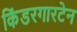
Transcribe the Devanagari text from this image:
किंडरगारटेन